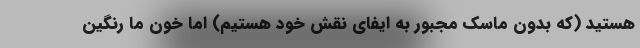
هستید (که بدون ماسک مجبور به ایفای نقش خود هستیم) اما خون ما رنگین